Report on vaccination in Madras 1877-1894 - 1877-1894
Year: 1877
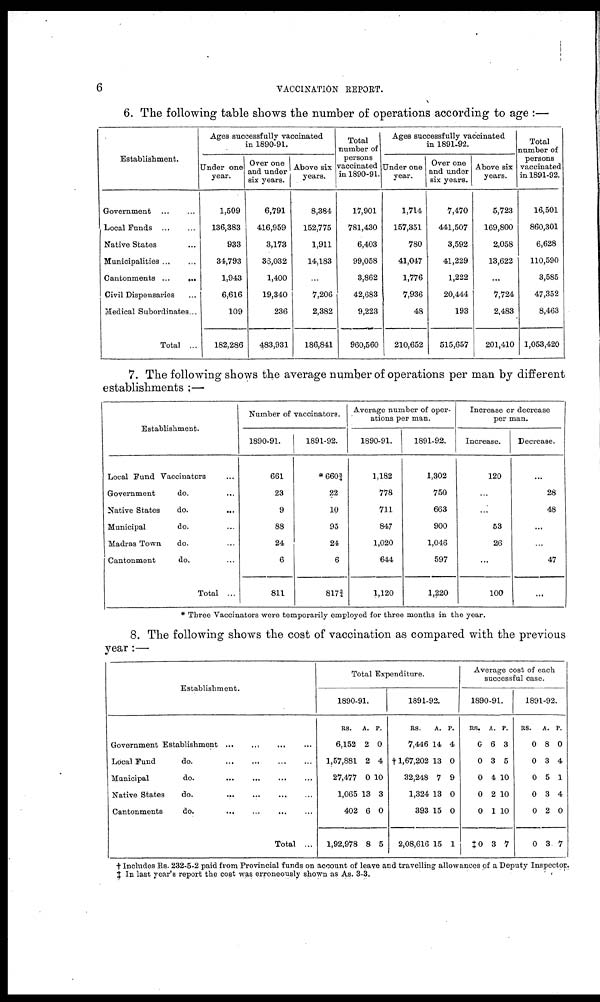
6
VACCINATION REPORT.
6. The following table shows the number of operations according to age :—
Establishment.
Government
...
...
Local Funds
...
...
Native States ...
Municipalities ... ...
Cantonments ...
...
Civil Dispensaries ...
Medical Subordinates...
Total ...
Ages successfully vaccinated
in 1890-91.
Under one
year.
1,509
136,383
933
34,793
1,943
6,616
109
182,286
Over one
and under
six years.
6,791
416,959
3,173
35,032
1,400
19,340
236
483,931
Above six
years.
8,384
152,775
1,911
14,183
...
7,206
2,382
186,841
Total
number of
persons
vaccinated
in 1890-91.
17,901
781,430
6,403
99,058
3,862
42,683
9,223
960,560
Ages successfully vaccinated
in 1891-92.
Under one
year.
1,714
157,351
780
41,047
1,776
7,936
48
210,652
Over one
and under
six years.
7,470
441,507
3,592
41,229
1,222
20,444
193
515,657
Above six
years.
5,723
169,800
2,058
13,622
...
7,724
2,483
201,410
Total
number of
persons
vaccinated
in 1891-92.
16,501
860,301
6,628
110,590
3,585
47,352
8,463
1,053,420
7. The following shows the average number of operations per man by different
establishments :—
Establishment.
Local Fund Vaccinators ...
Government
do. ...
Native States
do.
...
Municipal
do. ...
Madras Town
do. ...
Cantonment
do.
Total ...
Number of vaccinators.
1890-91.
661
23
9
88
24
6
811
1891-92.
*660¾
22
10
95
24
6
817¾
Average number of oper-
ations per man.
1890-91.
1,182
778
711
847
1,020
644
1,120
1891-92.
1,302
750
663
900
1,046
597
1,220
Increase or decrease
per man.
Increase.
120
...
...
53
26
...
100
Decrease.
...
28
48
...
...
47
...
* Three Vaccinators were temporarily employed for three months in the year.
8. The following shows the cost of vaccination as compared with the previous
year :—
Establishment.
Government Establishment
...
...
...
Local Fund
do.
...
...
...
...
Municipal
do.
...
...
...
...
Native States
do.
... ... ... ...
Cantonments
do.
...
...
...
...
Total ...
Total Expenditure.
1890-91.
RS.
6,152
1,57,881
27,477
1,065
402
1,92,978
A.
2
2
0
13
6
8
P.
0
4
10
3
0
5
1891-92.
RS.
7,446
†1,67,202
32,248
1,324
393
2,08,616
A.
14
13
7
13
15
15
P.
4
0
9
0
0
1
Average cost of each
successful case.
1890-91.
RS.
0
0
0
0
0
‡0
A.
6
3
4
2
1
3
P.
3
5
10
10
10
7
1891-92.
RS.
0
0
0
0
0
0
A.
8
3
5
3
2
3
P.
0
4
1
4
0
7
† Includes Rs. 232-5-2 paid from Provincial funds on account of leave and travelling allowances of a Deputy Inspector.
‡ In last year's report the cost was erroneously shown as As. 3-3.